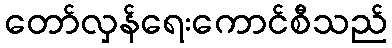
တော်လှန်ရေးကောင်စီသည်